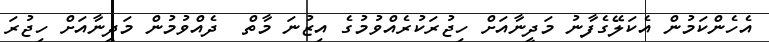
އެހެންކަމުން އެކަލޭގެފާނު މަދީނާއަށް ހިޖުރަކުރެއްވުމުގެ އިޒުނަ މާތް  ދެއްވުމުން މަދީނާއަށް ހިޖުރަ